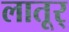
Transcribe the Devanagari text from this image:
लातूर्